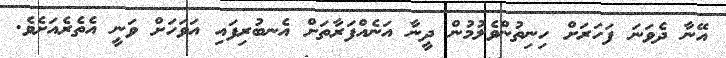
އޭނާ ދެވަނަ ފަހަރަށް ހިނިތުންވެލުމުން ދީނާ އަނެއްފަރާތަށް އެނބުރިފައި އަވަހަށް ވަނީ އެތެރެއަށެވެ.